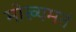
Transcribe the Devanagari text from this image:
मोख्यमतं